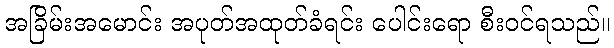
အခြိမ်းအမောင်း အပုတ်အထုတ်ခံရင်း ပေါင်းရော စီးဝင်ရသည်။